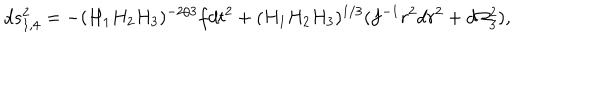
d s _ { 1 , 4 } ^ { 2 } = - ( H _ { 1 } H _ { 2 } H _ { 3 } ) ^ { - 2 / 3 } f d t ^ { 2 } + ( H _ { 1 } H _ { 2 } H _ { 3 } ) ^ { 1 / 3 } ( f ^ { - 1 } r ^ { 2 } d r ^ { 2 } + d \Omega _ { 3 } ^ { 2 } ) ,